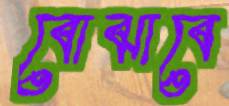
বোঝাবে